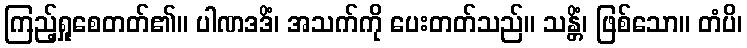
ကြည့်ရှုစေတတ်၏။ ပါဏဒဒိံ၊ အသက်ကို ပေးတတ်သည်။ သန္တိံ၊ ဖြစ်သော။ တံပိ၊